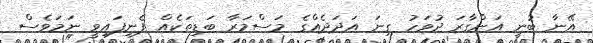
އޭނާ ބުނީ އަންގާރަ ދުވަހު ގިނަ އަދަދެއްގެ މަސްމަރާ ބަޑިތަކެއް ފެނިފައިވީ ނަމަވެސް